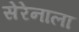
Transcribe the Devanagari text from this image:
सेरेनाला